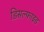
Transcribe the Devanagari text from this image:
डिसल्फाइड